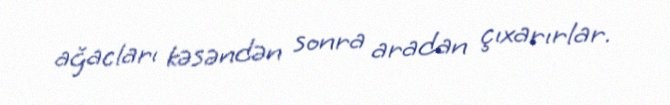
ağacları kəsəndən sonra aradan çıxarırlar.